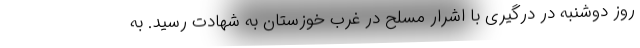
روز دوشنبه در درگیری با اشرار مسلح در غرب خوزستان به شهادت رسید. به